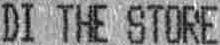
DI THE STORE